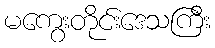
မကွေးတိုင်းဒေသကြီး